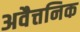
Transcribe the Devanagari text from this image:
अवैत्तनिक